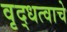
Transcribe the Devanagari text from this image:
वृद्धत्वाचे